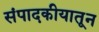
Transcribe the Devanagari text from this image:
संपादकीयातून